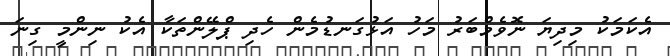
އެކަމަކު މިދިޔަ ނޮވެމްބަރު މަހު އަޅުގަނޑުމެން ހެދި ޕްލޭންތަކާ އެކު ނިންމީ ގިނަ